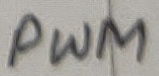
Text: PWM